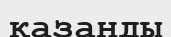
қазанды